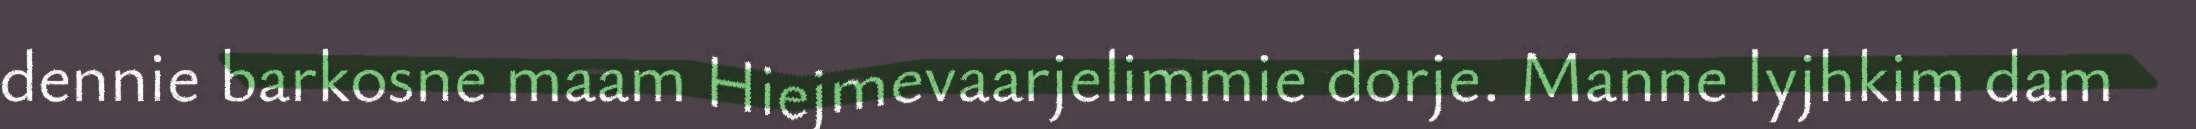
dennie barkosne maam Hiejmevaarjelimmie dorje. Manne lyjhkim dam